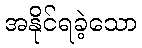
အနိုင်ရခဲ့သော